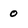
Character: 0